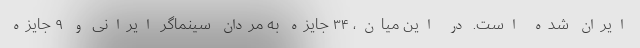
ایران شده است. در این میان، ۳۴ جایزه به مردان سینماگر ایرانی و ۹ جایزه